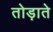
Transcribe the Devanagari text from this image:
तोड़ाते